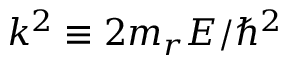
k ^ { 2 } \equiv 2 m _ { r } E / \hbar ^ { 2 }